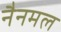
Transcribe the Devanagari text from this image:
नैनमल